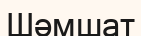
Шәмшат